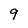
Character: 9